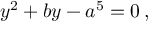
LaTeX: y ^ { 2 } + b y - a ^ { 5 } = 0 \, ,